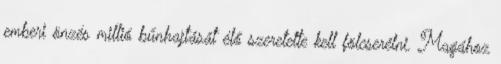
emberi önzés millió bűnhajtását élő szeretette kell fölcserélni. Magához